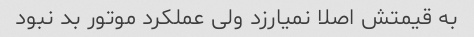
به قیمتش اصلا نمیارزد ولی عملکرد موتور بد نبود